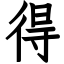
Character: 得